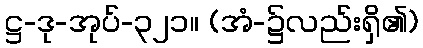
ဋ္ဌ-ဒု-အုပ်-၃၂၁။ (အံ-၌လည်းရှိ၏)